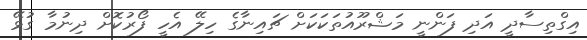
އިގްތިސާދީ އަދި ފަންނީ މަޝްރޫއުތަކަކަށް ޗައިނާގެ ހިލޭ އެހީ ފޯރުކޮށް ދިނުމާ ގުޅޭ